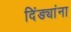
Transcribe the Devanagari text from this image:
दिंड्यांना